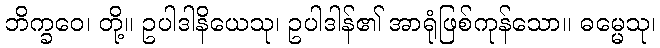
ဘိက္ခဝေ၊ တို့။ ဥပါဒါနိယေသု၊ ဥပါဒါန်၏ အာရုံဖြစ်ကုန်သော။ ဓမ္မေသု၊